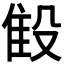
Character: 𬆨